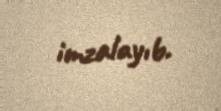
imzalayıb.